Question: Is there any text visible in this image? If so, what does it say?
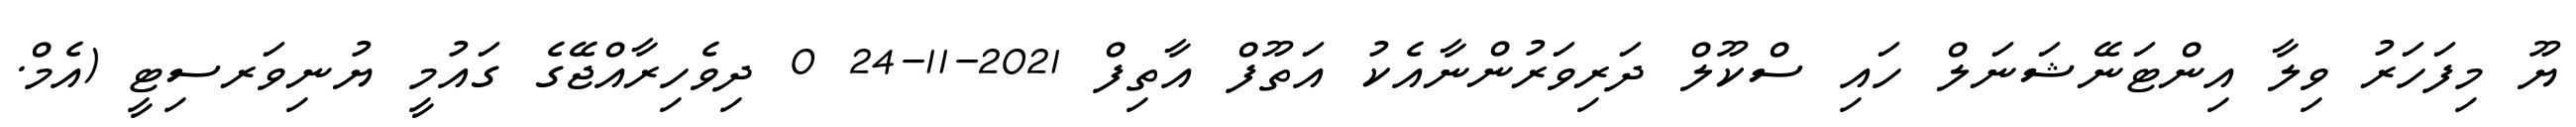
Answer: ޔޫ މިފަހަރު ވިލާ އިންޓަނޭޝަނަލް ހައި ސްކޫލް ދަރިވަރުންނާއެކު އަތޫފް އާތިފް 2021-11-24 0 ދިވެހިރާއްޖޭގެ ގައުމީ ޔުނިވަރސިޓީ (އެމް.